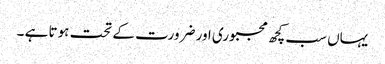
یہاں سب کچھ مجبوری اور ضرورت کے تحت ہوتا ہے ۔